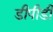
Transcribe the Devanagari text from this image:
डीपीडी